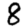
Digit: 8